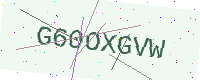
Text: G60OXGVW